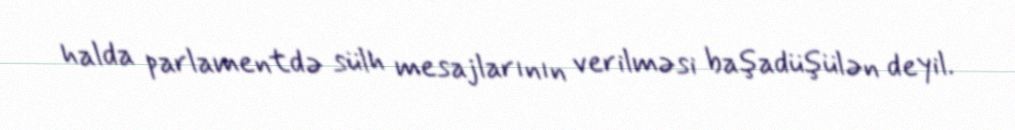
halda parlamentdə sülh mesajlarının verilməsi başadüşülən deyil.